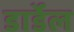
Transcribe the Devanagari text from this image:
डार्डेल